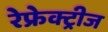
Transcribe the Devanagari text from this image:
रेफ्रेक्ट्रीज